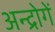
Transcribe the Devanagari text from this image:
अन्द्रोगें